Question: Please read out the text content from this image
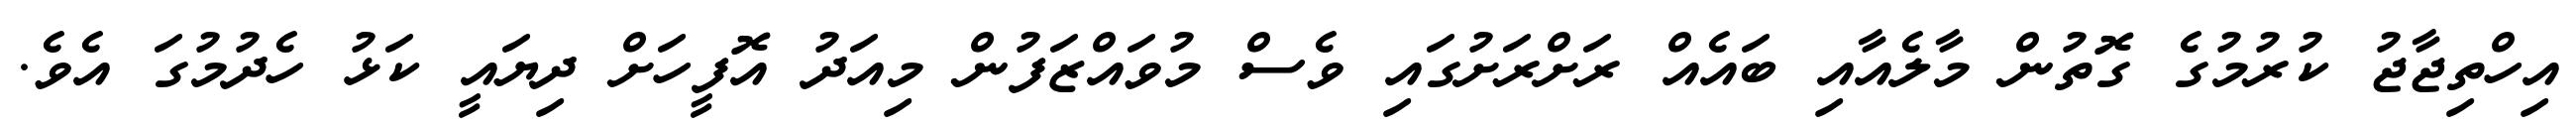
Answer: އިހްތިޖާޖު ކުރުމުގެ ގޮތުން މާލެއާއި ބައެއް ރަށްރަށުގައި ވެސް މުވައްޒަފުން މިއަދު އޮފީހަށް ދިޔައީ ކަޅު ހެދުމުގަ އެވެ.